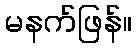
မနက်ဖြန်။